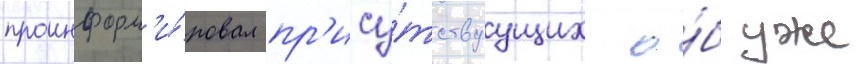
проинформ'и́ровал пр'ису́тствуущих о́б уже